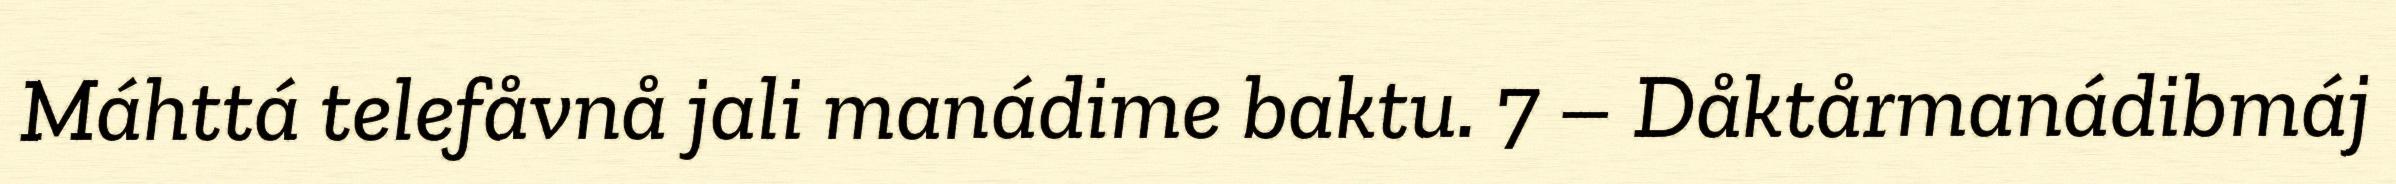
Máhttá telefåvnå jali manádime baktu. 7 – Dåktårmanádibmáj